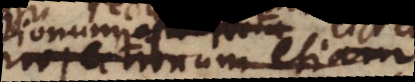
projectionum etiam